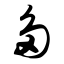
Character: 多